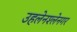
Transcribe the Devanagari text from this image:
उहलेनश्लेनगर